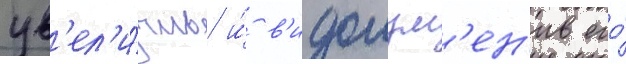
ув'ел'и́чив и́ в'идоизм'ен'ив его́